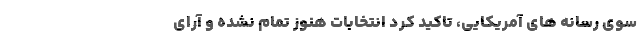
سوی رسانه های آمریکایی، تاکید کرد انتخابات هنوز تمام نشده و آرای